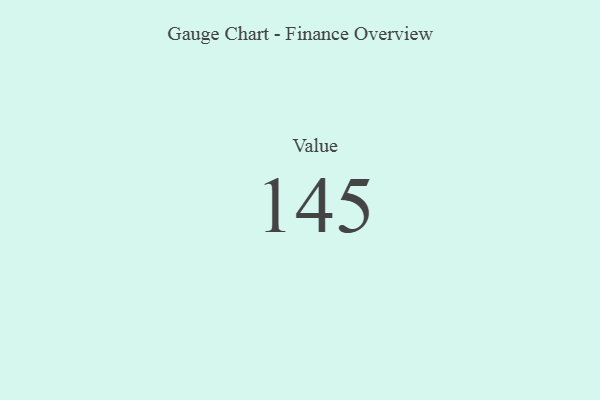
{"axis": {"x": "Metric", "y": "Value"}, "legend": [""], "data": [{"x": "Value", "y": 145, "type": ""}]}